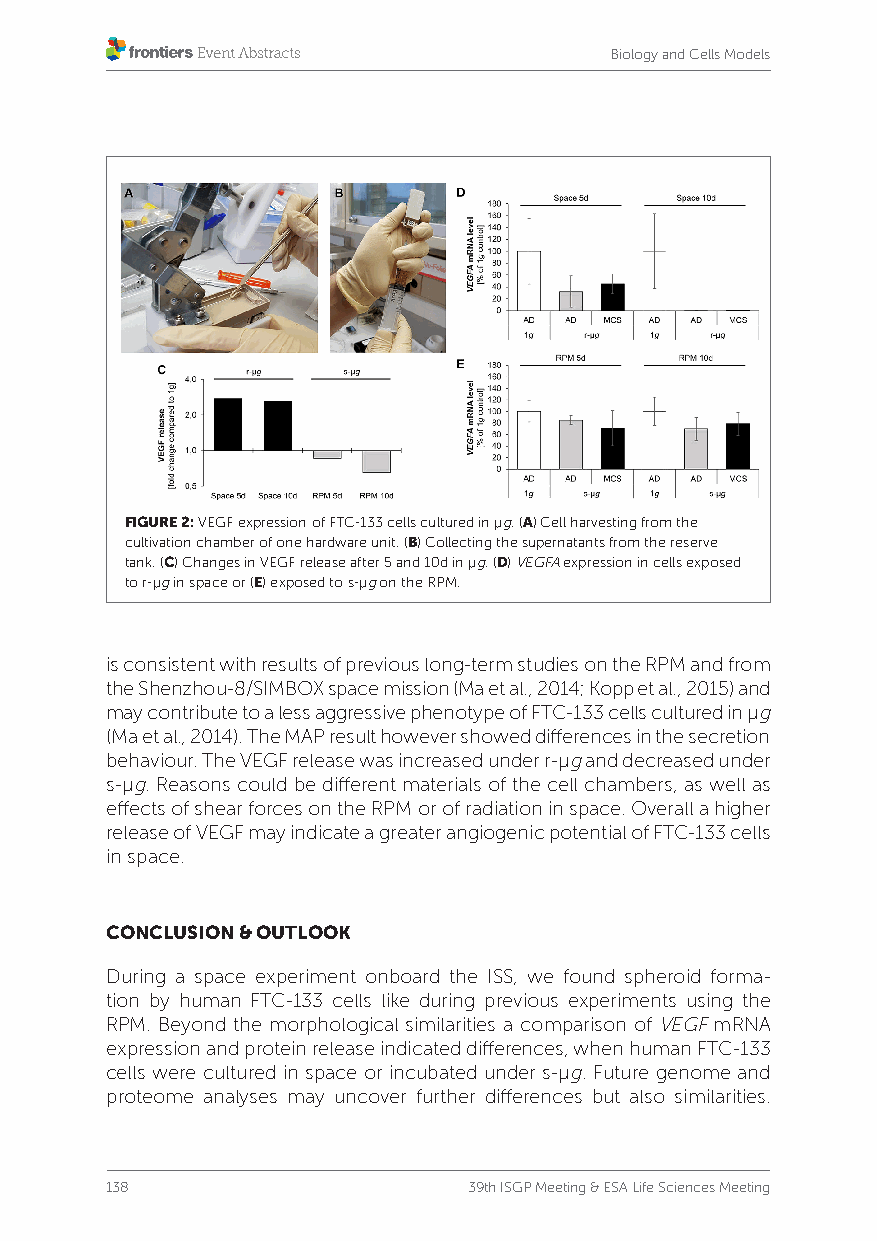
Biology and Cells Models
 FIGURE 2: VEGF expression of FTC-133 cells cultured in µg. (A) Cell harvesting from the
 cultivation chamber of one hardware unit. (B) Collecting the supernatants from the reserve
 tank. (C) Changes in VEGF release after 5 and 10d in µg. (D) VEGFA expression in cells exposed
 to r-µg in space or (E) exposed to s-µg on the RPM.
 is consistent with results of previous long-term studies on the RPM and from
 the Shenzhou-8/SIMBOX space mission (Ma et al., 2014; Kopp et al., 2015) and
 may contribute to a less aggressive phenotype of FTC-133 cells cultured in µg
 (Ma et al., 2014). The MAP result however showed differences in the secretion
 behaviour. The VEGF release was increased under r-µg and decreased under
 s-µg. Reasons could be different materials of the cell chambers, as well as
 effects of shear forces on the RPM or of radiation in space. Overall a higher
 release of VEGF may indicate a greater angiogenic potential of FTC-133 cells
 in space.
 CONCLUSION & OUTLOOK
 During a space experiment onboard the ISS, we found spheroid forma-
 tion by human FTC-133 cells like during previous experiments using the
 RPM. Beyond the morphological similarities a comparison of VEGF mRNA
 expression and protein release indicated differences, when human FTC-133
 cells were cultured in space or incubated under s-µg. Future genome and
 proteome analyses may uncover further differences but also similarities.
 138                     39th ISGP Meeting & ESA Life Sciences Meeting